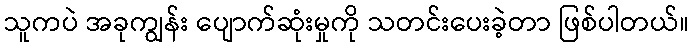
သူကပဲ အခုကျွန်း ပျောက်ဆုံးမှုကို သတင်းပေးခဲ့တာ ဖြစ်ပါတယ်။